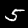
Digit: 5